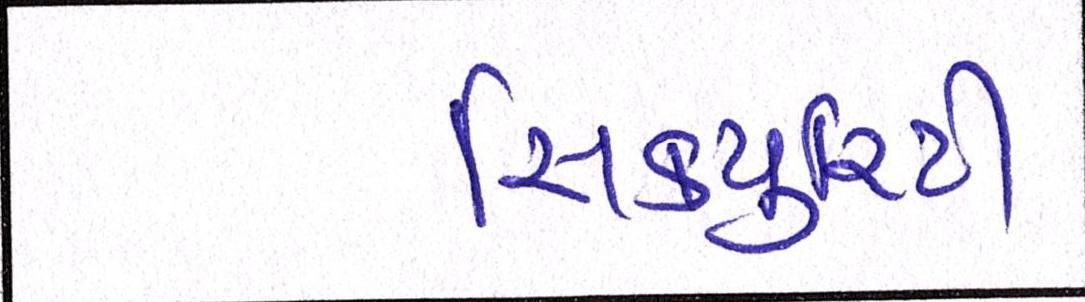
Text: સિકયુરિટી